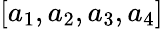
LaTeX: [a_{1},a_{2},a_{3},a_{4}]